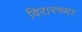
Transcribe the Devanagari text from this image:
विरारच्या